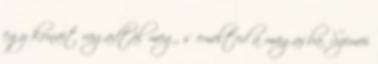
egy kunait ragadtál meg, s emelted a magasba. Szemei